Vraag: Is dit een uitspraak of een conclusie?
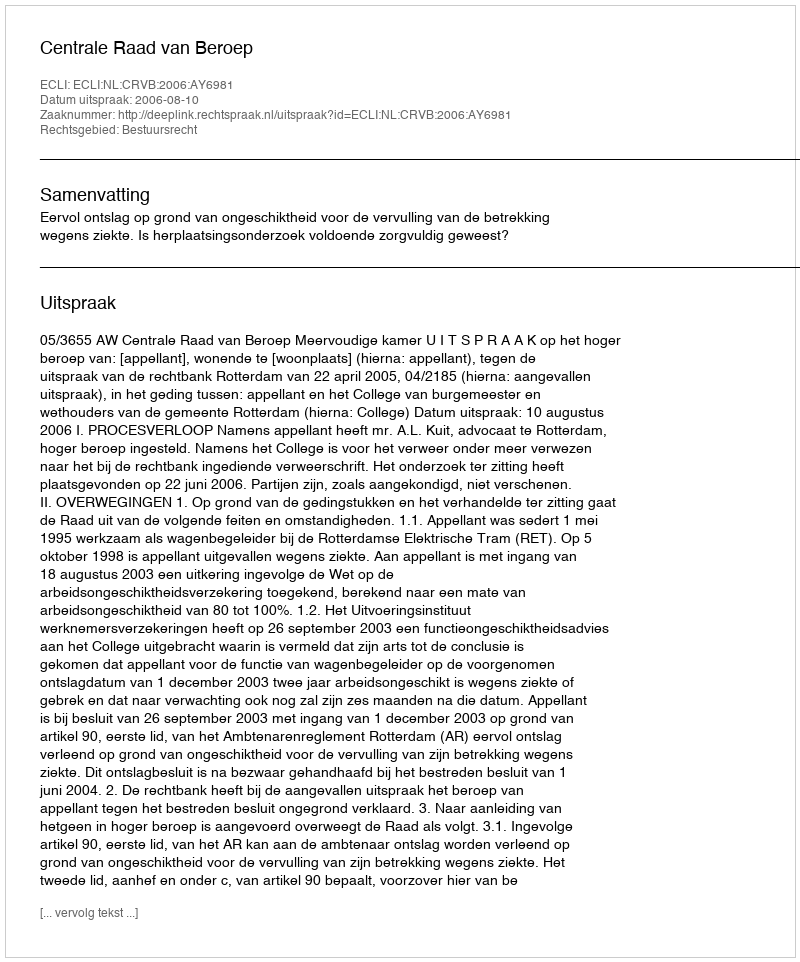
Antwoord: Uitspraak